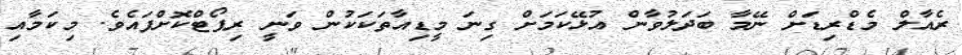
ރެއާލް މެޑްރިޑަށް ނޭމާ ބަދަލުވާން އުޅޭކަމަށް ގިނަ މީޑިއާތަކަކުން ވަނީ ރިޕޯޓްކޮށްފައެވެ. މިކަމާއި